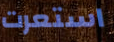
استعرت